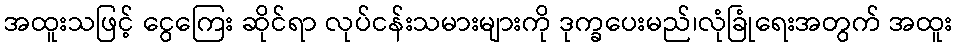
အထူးသဖြင့် ငွေကြေး ဆိုင်ရာ လုပ်ငန်းသမားများကို ဒုက္ခပေးမည်၊လုံခြုံရေးအတွက် အထူး